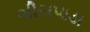
ચીચપાડા